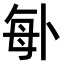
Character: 𠧩